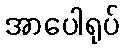
အာပေါရုပ်